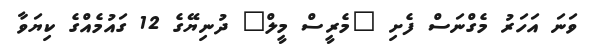
ވަނަ އަހަރު މެގްނަސް ފެށި "މެރީސް މީލް" ދުނިޔޭގެ 12 ގައުމެއްގެ ކިޔަވާ